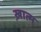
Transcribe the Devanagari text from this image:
ख़ात्म